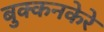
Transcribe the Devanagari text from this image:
बुक्कनकेरे